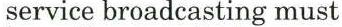
service broadcasting must